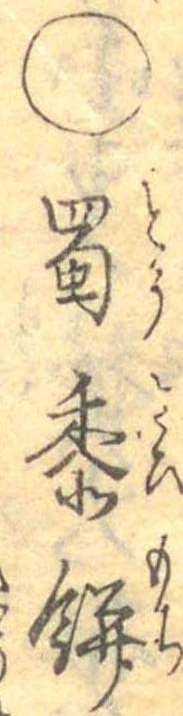
○蜀黍餅